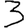
Digit: 3